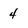
Character: 4